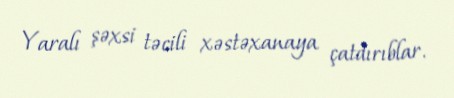
Yaralı şəxsi təcili xəstəxanaya çatdırıblar.